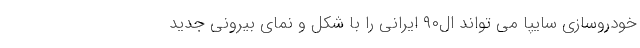
خودروسازی سایپا می تواند ال۹۰ ایرانی را با شکل و نمای بیرونی جدید